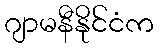
ဂျာမနီနိုင်ငံက